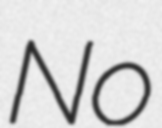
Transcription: No